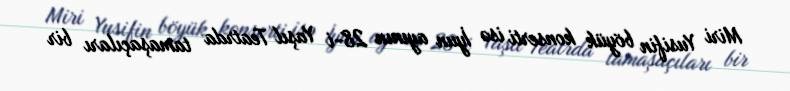
Miri Yusifin böyük konserti isə İyun ayının 28-i Yaşıl Teatrda tamaşaçıları bir